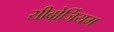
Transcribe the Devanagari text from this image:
सीबोर्जियम